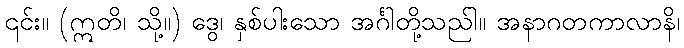
၎င်း။ (ဣတိ၊ သို့။) ဒွေ၊ နှစ်ပါးသော အင်္ဂါတို့သည်ါ။ အနာဂတကာလာနိ၊